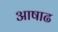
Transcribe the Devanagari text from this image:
अाषाढ